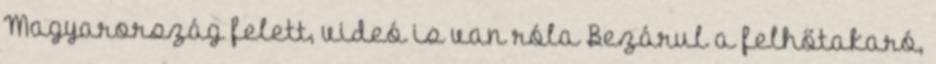
Magyarország felett, videó is van róla Bezárul a felhőtakaró,